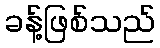
ခန့်ဖြစ်သည်